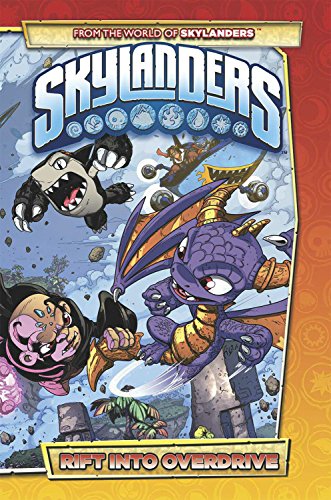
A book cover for Skylanders: Rift Into Overdrive; David A. Rodriguez; Children's Books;